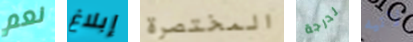
نعم إبلاغ المختصرة لدرجة لاتيه